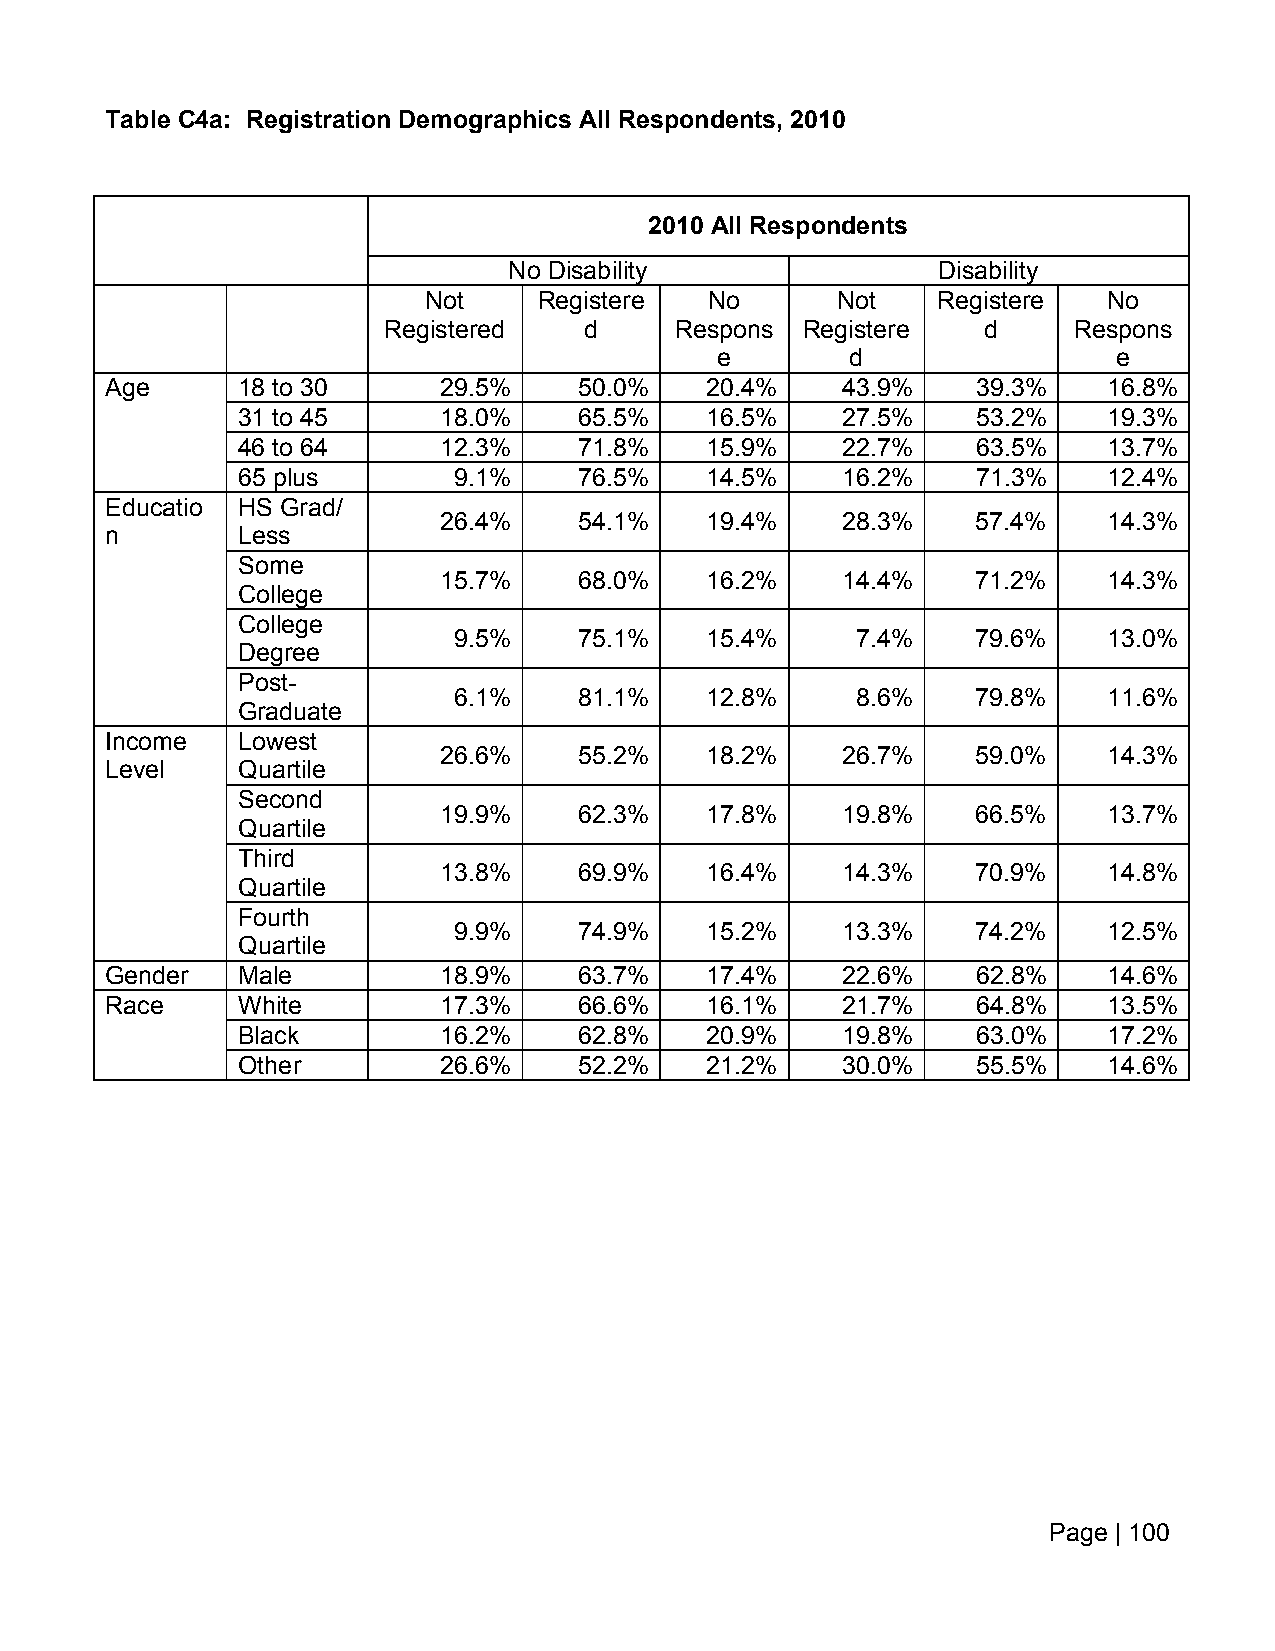
Table C4a: Registration Demographics All Respondents, 2010
 2010 All Respondents
 No Disability               Disability
 Not     Registere  No      Not    Registere  No
 Registered    d     Respons Registere   d     Respons
 e        d                 e
 Age      18 to 30     29.5%    50.0%    20.4%    43.9%    39.3%   16.8%
 31 to 45     18.0%    65.5%    16.5%    27.5%    53.2%   19.3%
 46 to 64     12.3%    71.8%    15.9%    22.7%    63.5%   13.7%
 65 plus       9.1%    76.5%    14.5%    16.2%    71.3%   12.4%
 Educatio HS Grad/
 26.4%    54.1%    19.4%    28.3%    57.4%   14.3%
 n        Less
 Some
 15.7%    68.0%    16.2%    14.4%    71.2%   14.3%
 College
 College
 9.5%    75.1%    15.4%     7.4%    79.6%   13.0%
 Degree
 Post-
 6.1%    81.1%    12.8%     8.6%    79.8%   11.6%
 Graduate
 Income   Lowest
 26.6%    55.2%    18.2%    26.7%    59.0%   14.3%
 Level    Quartile
 Second
 19.9%    62.3%    17.8%    19.8%    66.5%   13.7%
 Quartile
 Third
 13.8%    69.9%    16.4%    14.3%    70.9%   14.8%
 Quartile
 Fourth
 9.9%    74.9%    15.2%    13.3%    74.2%   12.5%
 Quartile
 Gender   Male         18.9%    63.7%    17.4%    22.6%    62.8%   14.6%
 Race     White        17.3%    66.6%    16.1%    21.7%    64.8%   13.5%
 Black        16.2%    62.8%    20.9%    19.8%    63.0%   17.2%
 Other        26.6%    52.2%    21.2%    30.0%    55.5%   14.6%
 Page | 100